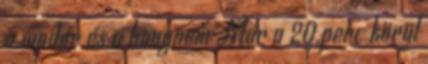
a modor és a hangnem Már a 20.perc körül